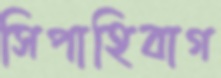
সিপাহিবাগ